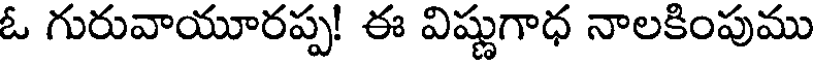
ఓ గురువాయూరప్ప! ఈ విష్ణుగాధ నాలకింపుము